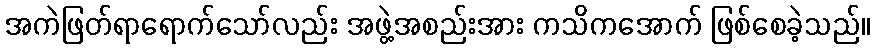
အကဲဖြတ်ရာရောက်သော်လည်း အဖွဲ့အစည်းအား ကသိကအောက် ဖြစ်စေခဲ့သည်။